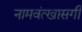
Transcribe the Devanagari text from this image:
नामवंत्खासगी